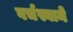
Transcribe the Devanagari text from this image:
वर्चस्वाने